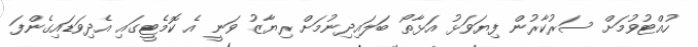
ހުއްޓުވުމަށް ސަރުކާރުން ފިޔަވަޅު އަޅާތޯ ބަލައިދިނުމަށް ރިޔާޒު ވަނީ އެ ކޮމެޓީގައި އެދިވަޑައިގެންފަ